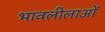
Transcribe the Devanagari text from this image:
भावलीलाओं